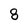
Character: 8